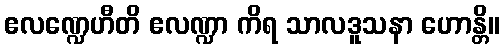
ဧလဏ္ဍေဟီတိ ဧလဏ္ဍာ ကိရ သာလဒူသနာ ဟောန္တိ။